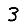
Digit: 3